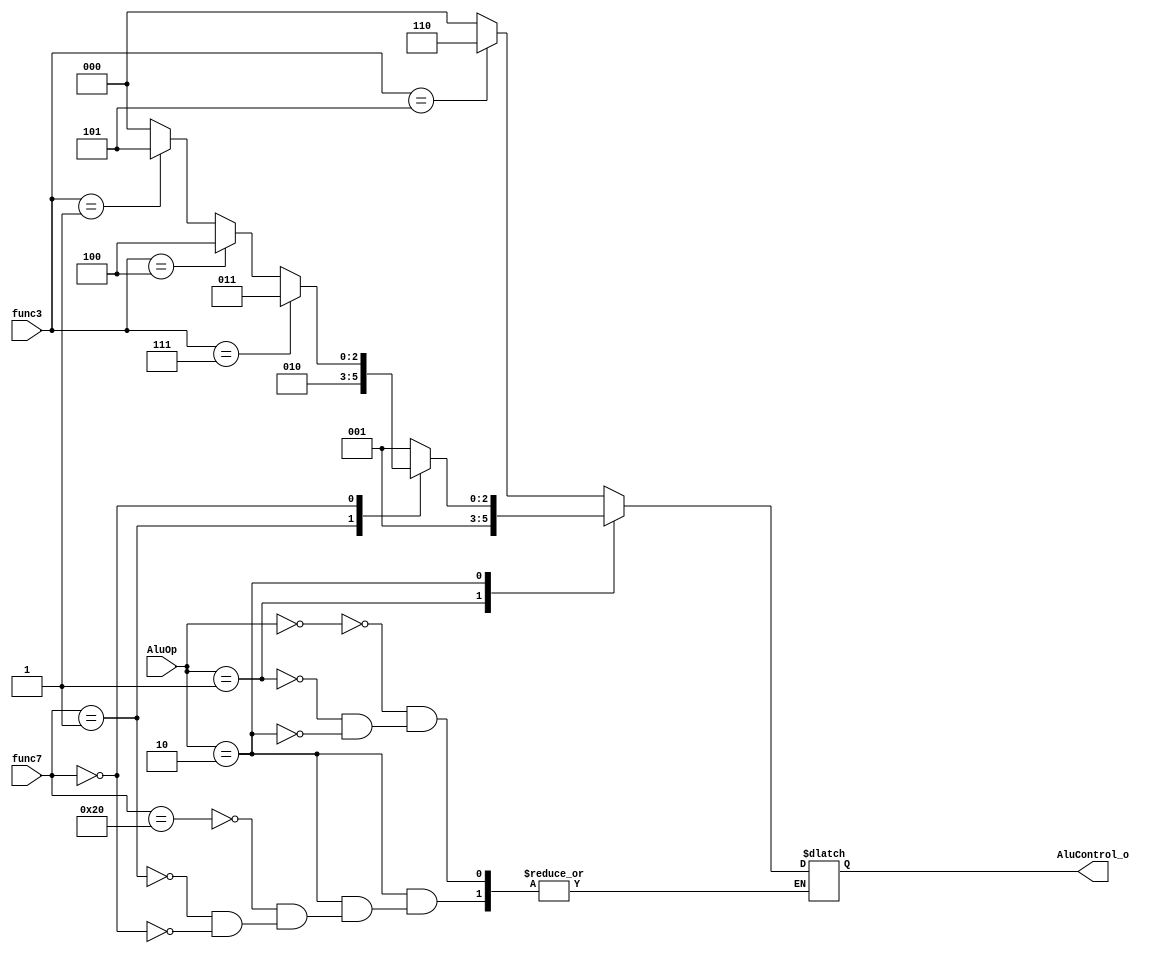
`define ADD 3'b000
`define SUB 3'b001
`define MUL 3'b010
`define AND 3'b011
`define XOR 3'b100
`define SL  3'b101
`define SR  3'b110
`define WRONG 3'b111

module ALU_Control(
    input [2 : 0] func3,
    input [6 : 0] func7,
    input [1 : 0] AluOp,
    output reg [2 : 0] AluControl_o
);

always @ (func3 or func7 or AluOp) begin
    case (AluOp)
        0 : AluControl_o =  (func3 == 3'b101)? `SR : `ADD;
        1 : AluControl_o = `SUB;
        2 : begin
            case (func7)
                7'b0100000 : AluControl_o = `SUB;
                7'b0000001 : AluControl_o = `MUL;
                7'b0000000 : AluControl_o = (func3 == 3'b111) ? `AND : 
                                            (func3 == 3'b100) ? `XOR : 
                                            (func3 == 3'b001) ? `SL : `ADD ;
            endcase
        end
    endcase
end

endmodule